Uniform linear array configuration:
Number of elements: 48
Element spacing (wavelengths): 0.25
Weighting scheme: cosine
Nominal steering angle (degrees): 15
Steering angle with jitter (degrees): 14.198
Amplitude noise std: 0.05
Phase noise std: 0.05

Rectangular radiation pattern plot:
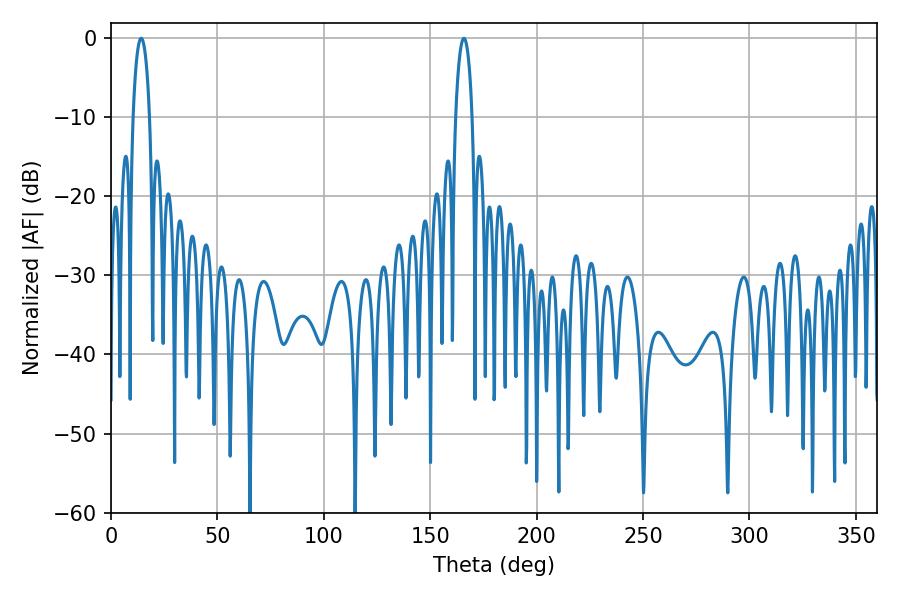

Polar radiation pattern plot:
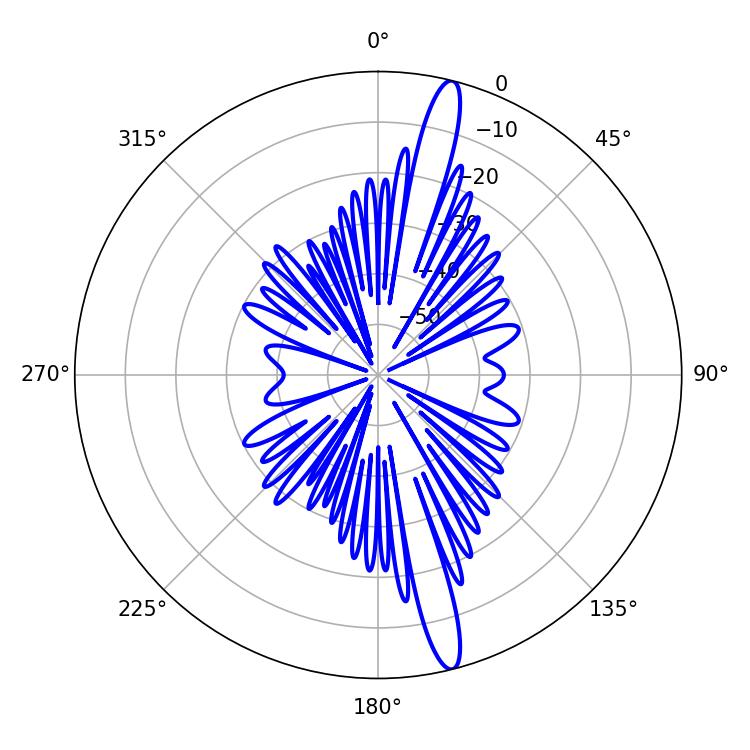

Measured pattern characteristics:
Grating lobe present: FALSE
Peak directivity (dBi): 16.763
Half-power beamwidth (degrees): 4.32
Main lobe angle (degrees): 165.78